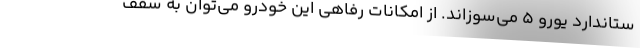
ستاندارد یورو 5 می‌سوزاند. از امکانات رفاهی این خودرو می‌توان به سقف